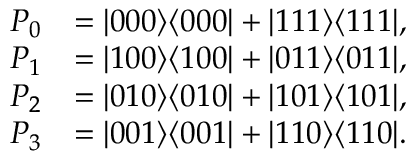
{ \begin{array} { r l } { P _ { 0 } } & { = | 0 0 0 \rangle \langle 0 0 0 | + | 1 1 1 \rangle \langle 1 1 1 | , } \\ { P _ { 1 } } & { = | 1 0 0 \rangle \langle 1 0 0 | + | 0 1 1 \rangle \langle 0 1 1 | , } \\ { P _ { 2 } } & { = | 0 1 0 \rangle \langle 0 1 0 | + | 1 0 1 \rangle \langle 1 0 1 | , } \\ { P _ { 3 } } & { = | 0 0 1 \rangle \langle 0 0 1 | + | 1 1 0 \rangle \langle 1 1 0 | . } \end{array} }